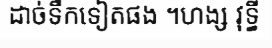
ដាច់ទឹកទៀតផង ។ហង្ស វុទ្ធី